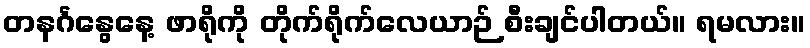
တနင်္ဂနွေနေ့ ဖာရိုကို တိုက်ရိုက်လေယာဉ် စီးချင်ပါတယ်။ ရမလား။